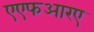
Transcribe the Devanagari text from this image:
एएफआरए